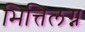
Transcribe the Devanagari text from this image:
भित्तिलग्न